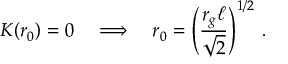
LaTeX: K ( r _ { 0 } ) = 0 \quad \Longrightarrow \quad r _ { 0 } = \left( { \frac { r _ { g } \ell } { \sqrt { 2 } } } \right) ^ { 1 / 2 } \, .